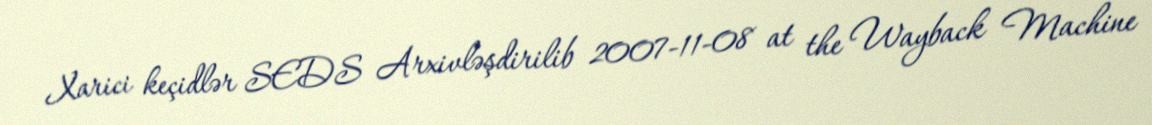
Xarici keçidlər SEDS Arxivləşdirilib 2007-11-08 at the Wayback Machine